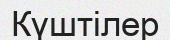
Күштілер